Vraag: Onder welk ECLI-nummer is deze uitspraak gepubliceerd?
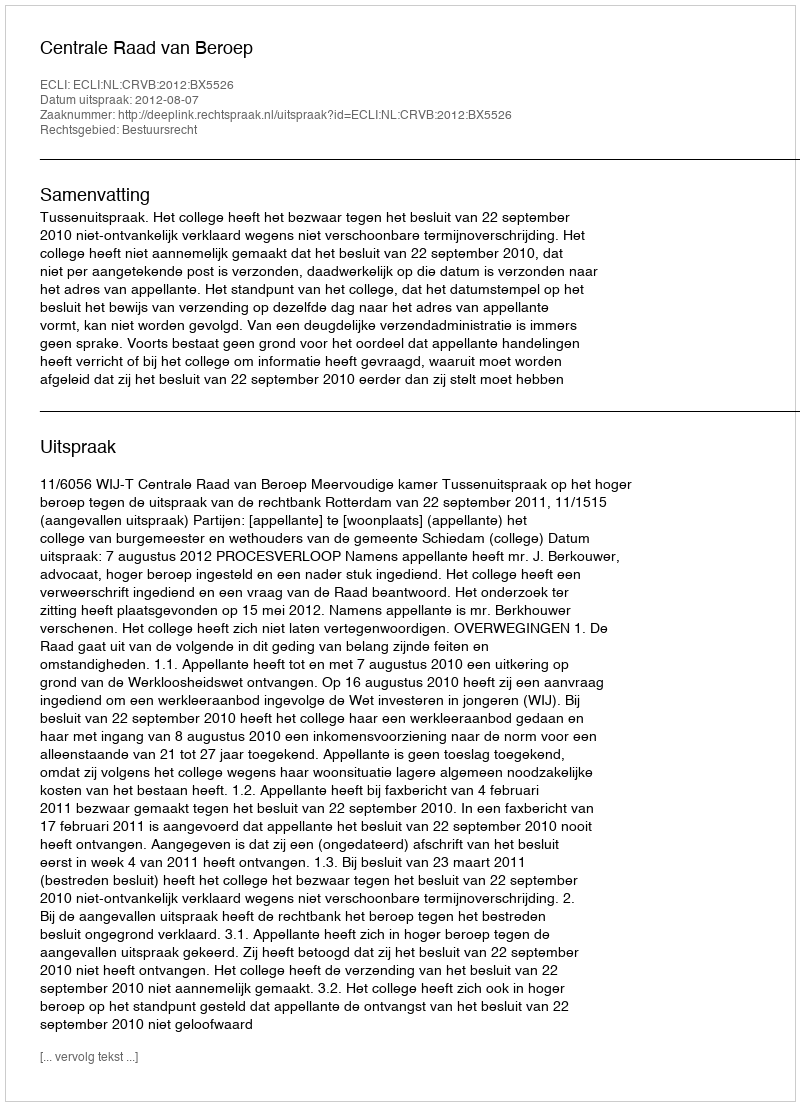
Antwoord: ECLI:NL:CRVB:2012:BX5526